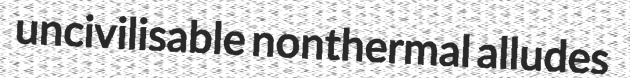
uncivilisable nonthermal alludes